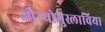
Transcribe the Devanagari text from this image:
औरयोगुस्लाविया